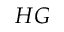
H G